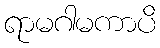
ရာမဂါမကာပိ